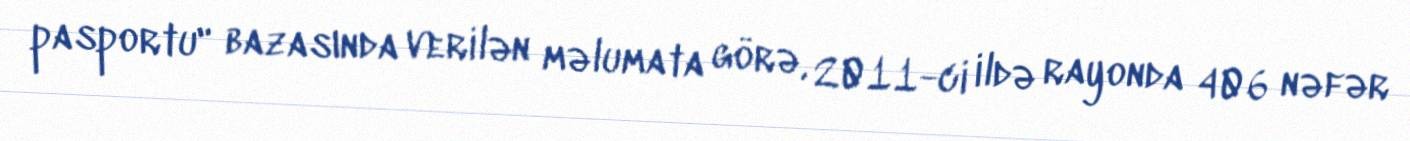
pasportu" bazasında verilən məlumata görə, 2011-ci ildə rayonda 406 nəfər